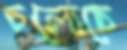
চলোচে